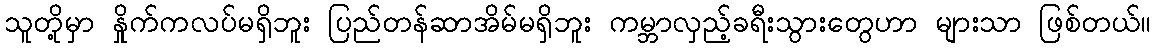
သူတို့မှာ နှိုက်ကလပ်မရှိဘူး ပြည်တန်ဆာအိမ်မရှိဘူး ကမ္ဘာလှည့်ခရီးသွားတွေဟာ များသာ ဖြစ်တယ်။